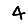
Digit: 4